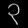
Digit: ၃